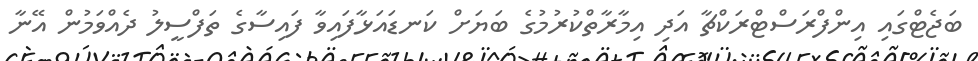
ބަޖެޓްގައި އިންފްރަސްޓްރަކްޗާ އަދި އިމާރާތްކުރުމުގެ ބަޔަށް ކަނޑައަޅާފައިވާ ފައިސާގެ ތަފްސީލު ދެއްވަމުން އޭނާ